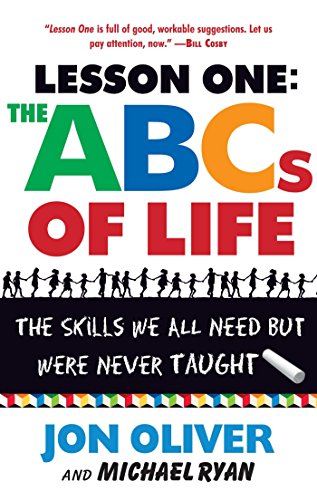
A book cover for The ABCs of Life : Lesson One: The Skills We All Need but Were Never Taught; Jon Oliver; Parenting & Relationships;